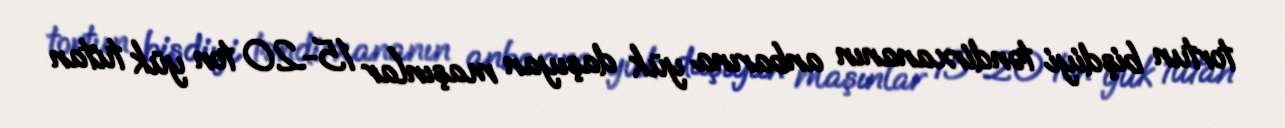
tortun bişdiyi təndirxananın anbarına yük daşıyan maşınlar 15-20 ton yük tutan